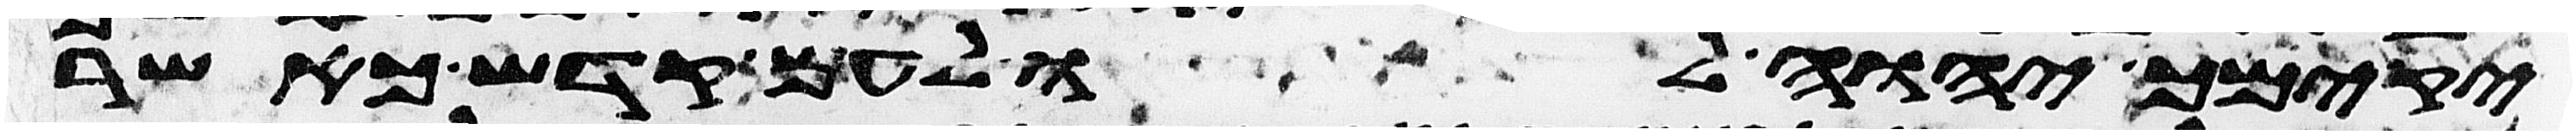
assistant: יקימך יהוה לו לעם קדש כאשר